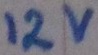
Text: 12V